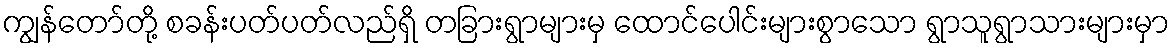
ကျွန်တော်တို့ စခန်းပတ်ပတ်လည်ရှိ တခြားရွာများမှ ထောင်ပေါင်းများစွာသော ရွာသူရွာသားများမှာ